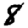
Digit: 8